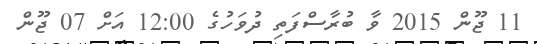
11 ޖޫން 2015 ވާ ބުރާސްފަތި ދުވަހުގެ 12:00 އަށް 07 ޖޫން